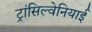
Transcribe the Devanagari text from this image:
ट्रांसिल्वेनियाई